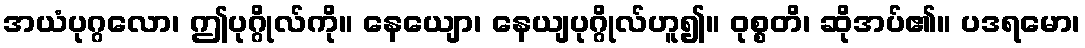
အယံပုဂ္ဂလော၊ ဤပုဂ္ဂိုလ်ကို။ နေယျော၊ နေယျပုဂ္ဂိုလ်ဟူ၍။ ဝုစ္စတိ၊ ဆိုအပ်၏။ ပဒရမော၊